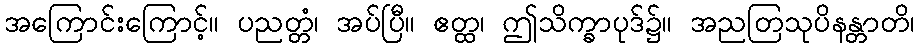
အကြောင်းကြောင့်။ ပညတ္တံ၊ အပ်ပြီ။ ဧတ္ထ၊ ဤသိက္ခာပုဒ်၌။ အညတြသုပိနန္တာတိ၊